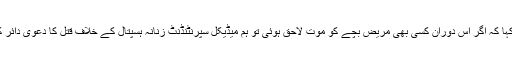
انہوں نے کہا کہ اگر اس دوران کسی بھی مریض بچے کو موت لاحق ہوئی تو ہم میڈیکل سپرنٹنڈنٹ زنانہ ہسپتال کے خلاف قتل کا دعویٰ دائر کریں گے ۔